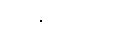
ကျွန်ုပ်တို့ထံသို့